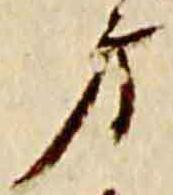
方